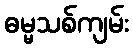
ဓမ္မသစ်ကျမ်း